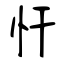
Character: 忓